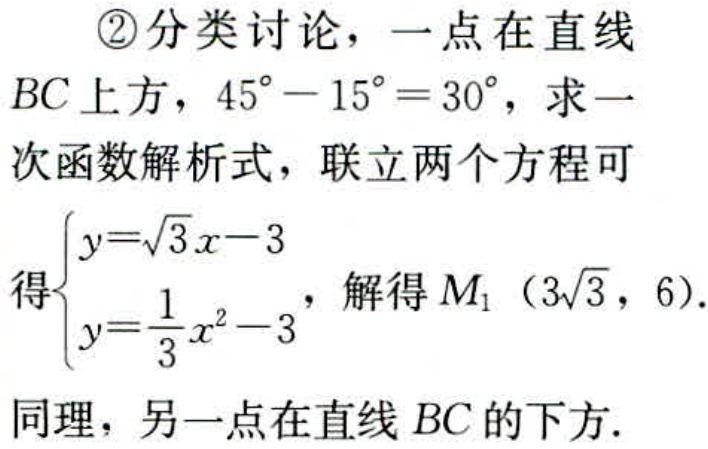
\textcircled{2}分类讨论，一点在直线
$BC$上方，$45^{\circ } - 15^{\circ } = 30^{\circ }$，求一
次函数解析式，联立两个方程可
得$\begin{cases}y = \sqrt{3}x - 3\\y = \frac{1}{3}x^{2} - 3\end{cases}$，解得$M_{1}(3\sqrt{3},6)$．
同理，另一点在直线$BC$的下方．